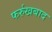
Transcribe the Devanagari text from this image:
फर्रुखबाद